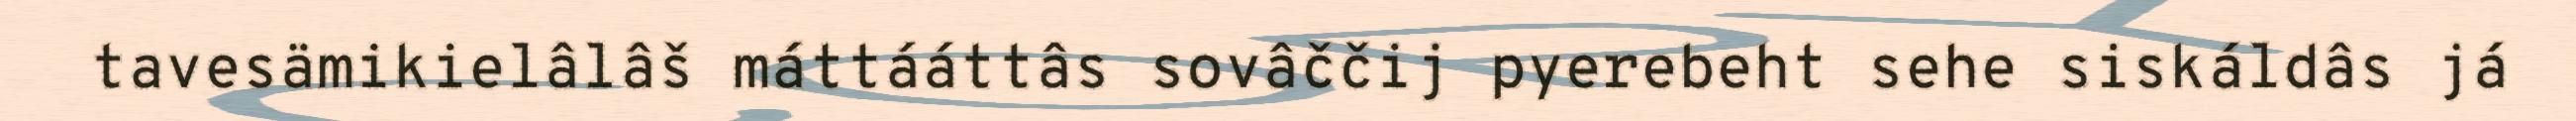
tavesämikielâlâš máttááttâs sovâččij pyerebeht sehe siskáldâs já